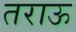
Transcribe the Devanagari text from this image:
तराऊ